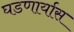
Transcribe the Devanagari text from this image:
घडणार्यास